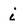
Character: i